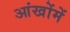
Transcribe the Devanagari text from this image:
आंखोंमें